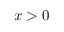
x > 0